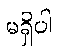
မရှိပါ